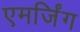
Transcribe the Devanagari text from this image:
एमर्जिंग